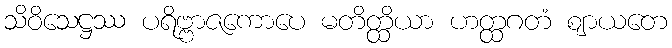
သိဝိသေဋ္ဌဿ ပရိဗ္ဗာဇကောပေ မတိတ္ထိယာ ဟတ္ထဂတံ ဈာယတေ